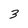
Character: 3